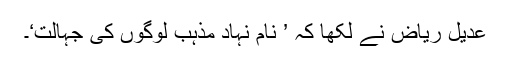
عدیل ریاض نے لکھا کہ ’ نام نہاد مذہب لوگوں کی جہالت‘۔